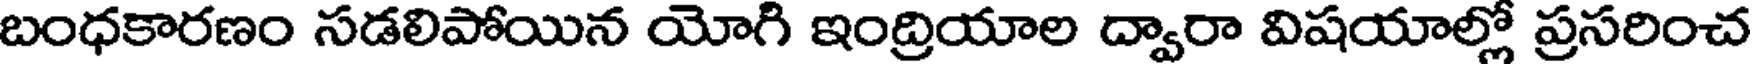
బంధకారణం సడలిపోయిన యోగి ఇంద్రియాల ద్వారా విషయాల్లో ప్రసరించ